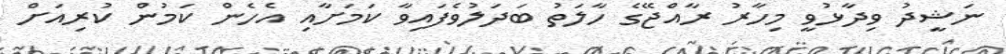
ނަޝީދު ވިދާޅުވީ މިހާރު ރާއްޖޭގެ ހާލަތު ބަދަލުވެފައިވާ ކަމަށާއި އެހެން ކަމުން ކުރިއަށް